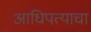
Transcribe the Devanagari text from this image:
आधिपत्याचा